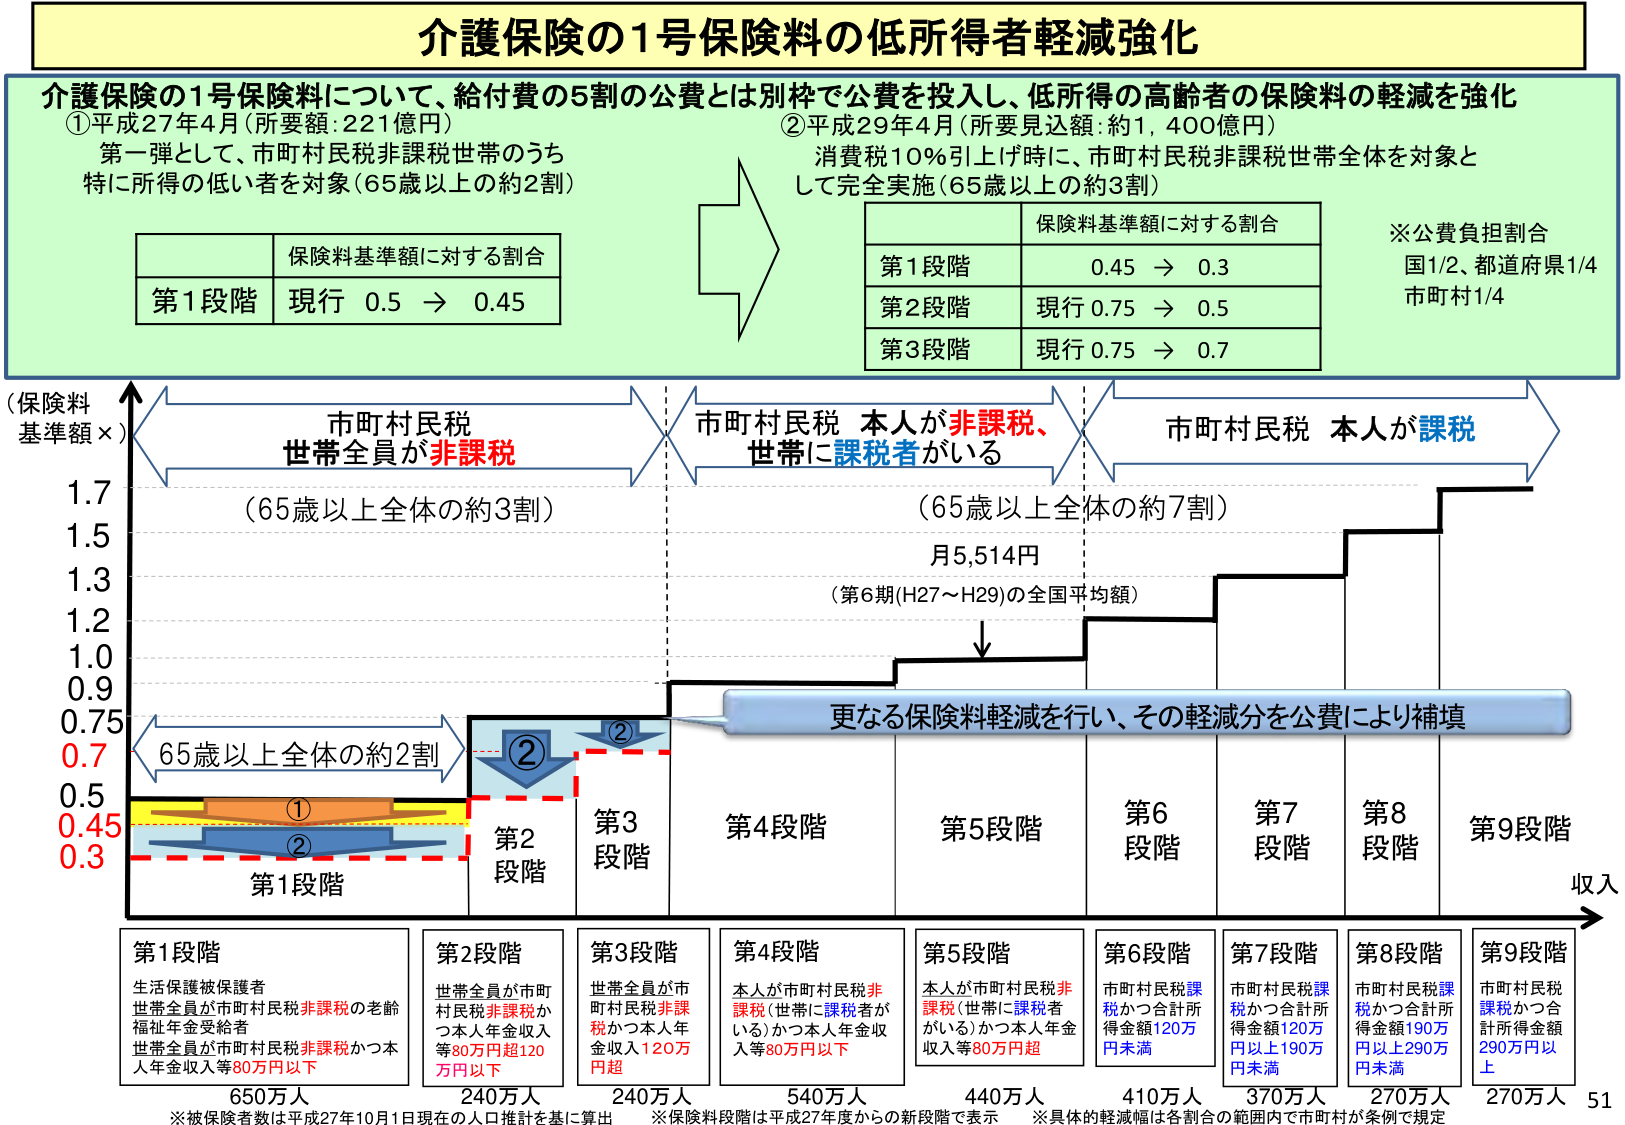
介護保険の1号保険料の低所得者軽減強化

介護保険の1号保険料について、給付費の5割の公費とは別枠で公費を投入し、低所得の高齢者の保険料の軽減を強化

①平成27年4月（所要額：221億円）
第一弾として、市町村民税非課税世帯のうち
特に所得の低い者を対象（65歳以上の約2割）

保険料基準額に対する割合
第1段階　現行 0.5 → 0.45

②平成29年4月（所要見込額：約1,400億円）
消費税10％引上げ時に、市町村民税非課税世帯全体を対象と
して完全実施（65歳以上の約3割）

保険料基準額に対する割合
第1段階　0.45 → 0.3
第2段階　現行 0.75 → 0.5
第3段階　現行 0.75 → 0.7

※公費負担割合
国1/2、都道府県1/4
市町村1/4

（保険料
基準額×）

市町村民税
世帯全員が非課税

市町村民税 本人が非課税、
世帯に課税者がいる

市町村民税 本人が課税

1.7
1.5
1.3
1.2
1.0
0.9
0.75
0.7
0.5
0.45
0.3

（65歳以上全体の約3割）

（65歳以上全体の約7割）

月5,514円
（第6期(H27～H29)の全国平均額）

更なる保険料軽減を行い、その軽減分を公費により補填

②
②

第1段階
第2段階
第3段階
第4段階
第5段階
第6段階
第7段階
第8段階
第9段階

収入

第1段階
生活保護被保護者
世帯全員が市町村民税非課税の老齢
福祉年金受給者
世帯全員が市町村民税非課税かつ本
人年金収入等80万円以下

650万人
※被保険者数は平成27年10月1日現在の人口推計を基に算出

第2段階
世帯全員が市町
村民税非課税か
つ本人年金収入
等80万円超120
万円以下

240万人

第3段階
世帯全員が市
町村民税非課
税かつ本人年
金収入120万
円超

240万人

第4段階
本人が市町村民税非
課税（世帯に課税者が
いる）かつ本人年金収
入等80万円以下

540万人

第5段階
本人が市町村民税非
課税（世帯に課税者
がいる）かつ本人年金
収入等80万円超

440万人

第6段階
市町村民税課
税かつ合計所
得金額120万
円未満

410万人

第7段階
市町村民税課
税かつ合計所
得金額190万
円以上190万
円未満

370万人

第8段階
市町村民税課
税かつ合計所
得金額190万
円以上290万
円未満

270万人

第9段階
市町村民税
課税かつ合
計所得金額
290万円以
上

270万人

※保険料段階は平成27年度からの新段階で表示
※具体的軽減幅は各割合の範囲内で市町村が条例で規定

51